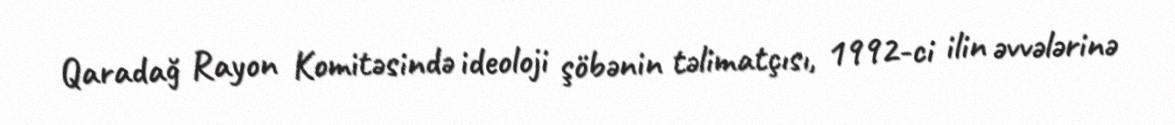
Qaradağ Rayon Komitəsində ideoloji şöbənin təlimatçısı, 1992-ci ilin əvvələrinə